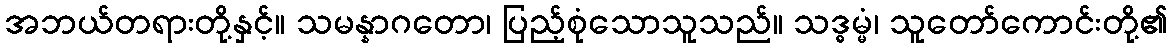
အဘယ်တရားတို့နှင့်။ သမန္နာဂတော၊ ပြည့်စုံသောသူသည်။ သဒ္ဓမ္မံ၊ သူတော်ကောင်းတို့၏